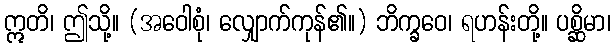
ဣတိ၊ ဤသို့။ (အဝေါစုံ၊ လျှောက်ကုန်၏။) ဘိက္ခဝေ၊ ရဟန်းတို့။ ပစ္ဆိမာ၊